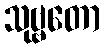
သုဗ္ဗတော